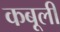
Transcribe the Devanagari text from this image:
कबूली